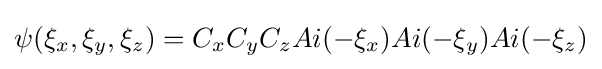
\psi (\xi _{x},\xi _{y},\xi _{z})=C_{x}C_{y}C_{z}Ai(-\xi _{x})Ai(-\xi _{y})Ai(-\xi _{z})